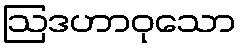
ဩဒဟာဝုသော